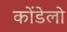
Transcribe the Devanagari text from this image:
कोंडेलो